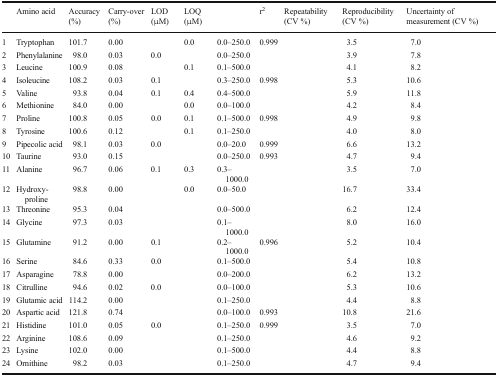
<table><thead><tr><td>[EMPTY_CELL]</td><td><b>Amino acid</b></td><td><b>Accuracy (%)</b></td><td><b>Carry-over (%)</b></td><td><b>LOD (μM)</b></td><td><b>LOQ (μM)</b></td><td>[EMPTY_CELL]</td><td><b>r<sup>2</sup></b></td><td><b>Repeatability (CV %)</b></td><td><b>Reproducibility (CV %)</b></td><td><b>Uncertainty of measurement (CV %)</b></td></tr></thead><tbody><tr><td>1</td><td>Tryptophan</td><td>101.7</td><td>0.00</td><td>[EMPTY_CELL]</td><td>0.0</td><td>0.0–250.0</td><td>0.999</td><td>[EMPTY_CELL]</td><td>3.5</td><td>7.0</td></tr><tr><td>2</td><td>Phenylalanine</td><td>98.0</td><td>0.03</td><td>0.0</td><td>[EMPTY_CELL]</td><td>0.0–250.0</td><td>[EMPTY_CELL]</td><td>[EMPTY_CELL]</td><td>3.9</td><td>7.8</td></tr><tr><td>3</td><td>Leucine</td><td>100.9</td><td>0.08</td><td>[EMPTY_CELL]</td><td>0.1</td><td>0.1–500.0</td><td>[EMPTY_CELL]</td><td>[EMPTY_CELL]</td><td>4.1</td><td>8.2</td></tr><tr><td>4</td><td>Isoleucine</td><td>108.2</td><td>0.03</td><td>0.1</td><td>[EMPTY_CELL]</td><td>0.3–250.0</td><td>0.998</td><td>[EMPTY_CELL]</td><td>5.3</td><td>10.6</td></tr><tr><td>5</td><td>Valine</td><td>93.8</td><td>0.04</td><td>0.1</td><td>0.4</td><td>0.4–500.0</td><td>[EMPTY_CELL]</td><td>[EMPTY_CELL]</td><td>5.9</td><td>11.8</td></tr><tr><td>6</td><td>Methionine</td><td>84.0</td><td>0.00</td><td>[EMPTY_CELL]</td><td>0.0</td><td>0.0–100.0</td><td>[EMPTY_CELL]</td><td>[EMPTY_CELL]</td><td>4.2</td><td>8.4</td></tr><tr><td>7</td><td>Proline</td><td>100.8</td><td>0.05</td><td>0.0</td><td>0.1</td><td>0.1–500.0</td><td>0.998</td><td>[EMPTY_CELL]</td><td>4.9</td><td>9.8</td></tr><tr><td>8</td><td>Tyrosine</td><td>100.6</td><td>0.12</td><td>[EMPTY_CELL]</td><td>0.1</td><td>0.1–250.0</td><td>[EMPTY_CELL]</td><td>[EMPTY_CELL]</td><td>4.0</td><td>8.0</td></tr><tr><td>9</td><td>Pipecolic acid</td><td>98.1</td><td>0.03</td><td>0.0</td><td>[EMPTY_CELL]</td><td>0.0–20.0</td><td>0.999</td><td>[EMPTY_CELL]</td><td>6.6</td><td>13.2</td></tr><tr><td>10</td><td>Taurine</td><td>93.0</td><td>0.15</td><td>[EMPTY_CELL]</td><td>[EMPTY_CELL]</td><td>0.0–250.0</td><td>0.993</td><td>[EMPTY_CELL]</td><td>4.7</td><td>9.4</td></tr><tr><td>11</td><td>Alanine</td><td>96.7</td><td>0.06</td><td>0.1</td><td>0.3</td><td>0.3–1000.0</td><td>[EMPTY_CELL]</td><td>[EMPTY_CELL]</td><td>3.5</td><td>7.0</td></tr><tr><td>12</td><td>Hydroxy-proline</td><td>98.8</td><td>0.00</td><td>[EMPTY_CELL]</td><td>0.0</td><td>0.0–50.0</td><td>[EMPTY_CELL]</td><td>[EMPTY_CELL]</td><td>16.7</td><td>33.4</td></tr><tr><td>13</td><td>Threonine</td><td>95.3</td><td>0.04</td><td>[EMPTY_CELL]</td><td>[EMPTY_CELL]</td><td>0.0–500.0</td><td>[EMPTY_CELL]</td><td>[EMPTY_CELL]</td><td>6.2</td><td>12.4</td></tr><tr><td>14</td><td>Glycine</td><td>97.3</td><td>0.03</td><td>[EMPTY_CELL]</td><td>[EMPTY_CELL]</td><td>0.1–1000.0</td><td>[EMPTY_CELL]</td><td>[EMPTY_CELL]</td><td>8.0</td><td>16.0</td></tr><tr><td>15</td><td>Glutamine</td><td>91.2</td><td>0.00</td><td>0.1</td><td>[EMPTY_CELL]</td><td>0.2–1000.0</td><td>0.996</td><td>[EMPTY_CELL]</td><td>5.2</td><td>10.4</td></tr><tr><td>16</td><td>Serine</td><td>84.6</td><td>0.33</td><td>0.0</td><td>[EMPTY_CELL]</td><td>0.1–500.0</td><td>[EMPTY_CELL]</td><td>[EMPTY_CELL]</td><td>5.4</td><td>10.8</td></tr><tr><td>17</td><td>Asparagine</td><td>78.8</td><td>0.00</td><td>[EMPTY_CELL]</td><td>[EMPTY_CELL]</td><td>0.0–200.0</td><td>[EMPTY_CELL]</td><td>[EMPTY_CELL]</td><td>6.2</td><td>13.2</td></tr><tr><td>18</td><td>Citrulline</td><td>94.6</td><td>0.02</td><td>0.0</td><td>[EMPTY_CELL]</td><td>0.0–100.0</td><td>[EMPTY_CELL]</td><td>[EMPTY_CELL]</td><td>5.3</td><td>10.6</td></tr><tr><td>19</td><td>Glutamic acid</td><td>114.2</td><td>0.00</td><td>[EMPTY_CELL]</td><td>[EMPTY_CELL]</td><td>0.1–250.0</td><td>[EMPTY_CELL]</td><td>[EMPTY_CELL]</td><td>4.4</td><td>8.8</td></tr><tr><td>20</td><td>Aspartic acid</td><td>121.8</td><td>0.74</td><td>[EMPTY_CELL]</td><td>[EMPTY_CELL]</td><td>0.0–100.0</td><td>0.993</td><td>[EMPTY_CELL]</td><td>10.8</td><td>21.6</td></tr><tr><td>21</td><td>Histidine</td><td>101.0</td><td>0.05</td><td>0.0</td><td>[EMPTY_CELL]</td><td>0.1–250.0</td><td>0.999</td><td>[EMPTY_CELL]</td><td>3.5</td><td>7.0</td></tr><tr><td>22</td><td>Arginine</td><td>108.6</td><td>0.09</td><td>[EMPTY_CELL]</td><td>[EMPTY_CELL]</td><td>0.1–250.0</td><td>[EMPTY_CELL]</td><td>[EMPTY_CELL]</td><td>4.6</td><td>9.2</td></tr><tr><td>23</td><td>Lysine</td><td>102.0</td><td>0.00</td><td>[EMPTY_CELL]</td><td>[EMPTY_CELL]</td><td>0.1–500.0</td><td>[EMPTY_CELL]</td><td>[EMPTY_CELL]</td><td>4.4</td><td>8.8</td></tr><tr><td>24</td><td>Ornithine</td><td>98.2</td><td>0.03</td><td>[EMPTY_CELL]</td><td>[EMPTY_CELL]</td><td>0.1–250.0</td><td>[EMPTY_CELL]</td><td>[EMPTY_CELL]</td><td>4.7</td><td>9.4</td></tr></tbody></table>